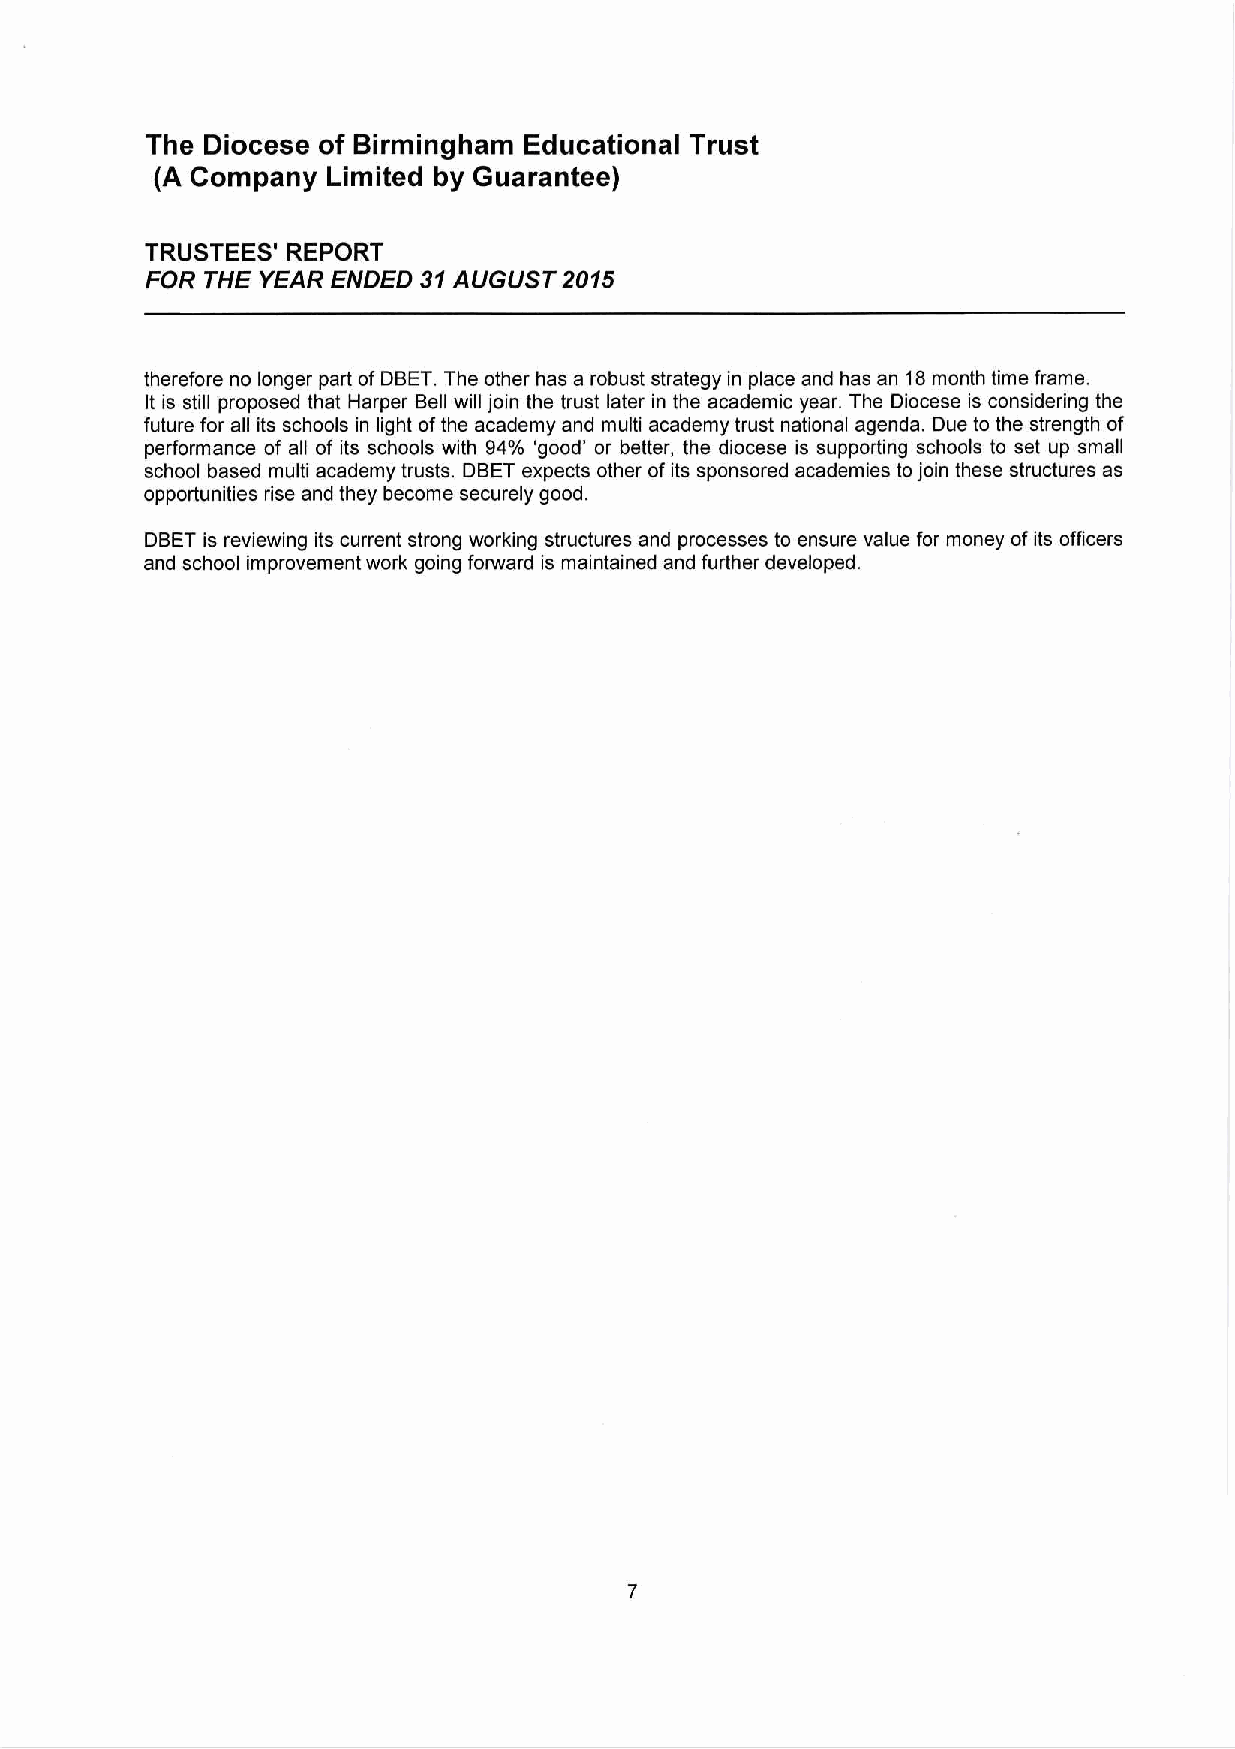
The Diocese of Birmingham Educational Trust
 (A Company  Limited by Guarantee)
 TRUSTEES' REPORT
 FOR THE YEAR ENDED 31 AUGUST 2015
 therefore no longer part of DBET. The other has a robust strategy in place and has an 18 month time frame.
 It is still proposed that Harper Bell will join the trust later in the academic year. The Diocese is considering the
 future for all its schools in light of the academy and multi academy trust national agenda. Due to the strength of
 performance of all of its schools with 94% ‘good’ or better, the diocese is supporting schools to set up small
 school based multi academy trusts. DBET expects other of its sponsored academies to join these structures as
 opportunities rise and they become securely good.
 DBET is reviewing its current strong working structures and processes to ensure value for money of its officers
 and school improvement work going forward is maintained and further developed.
 7